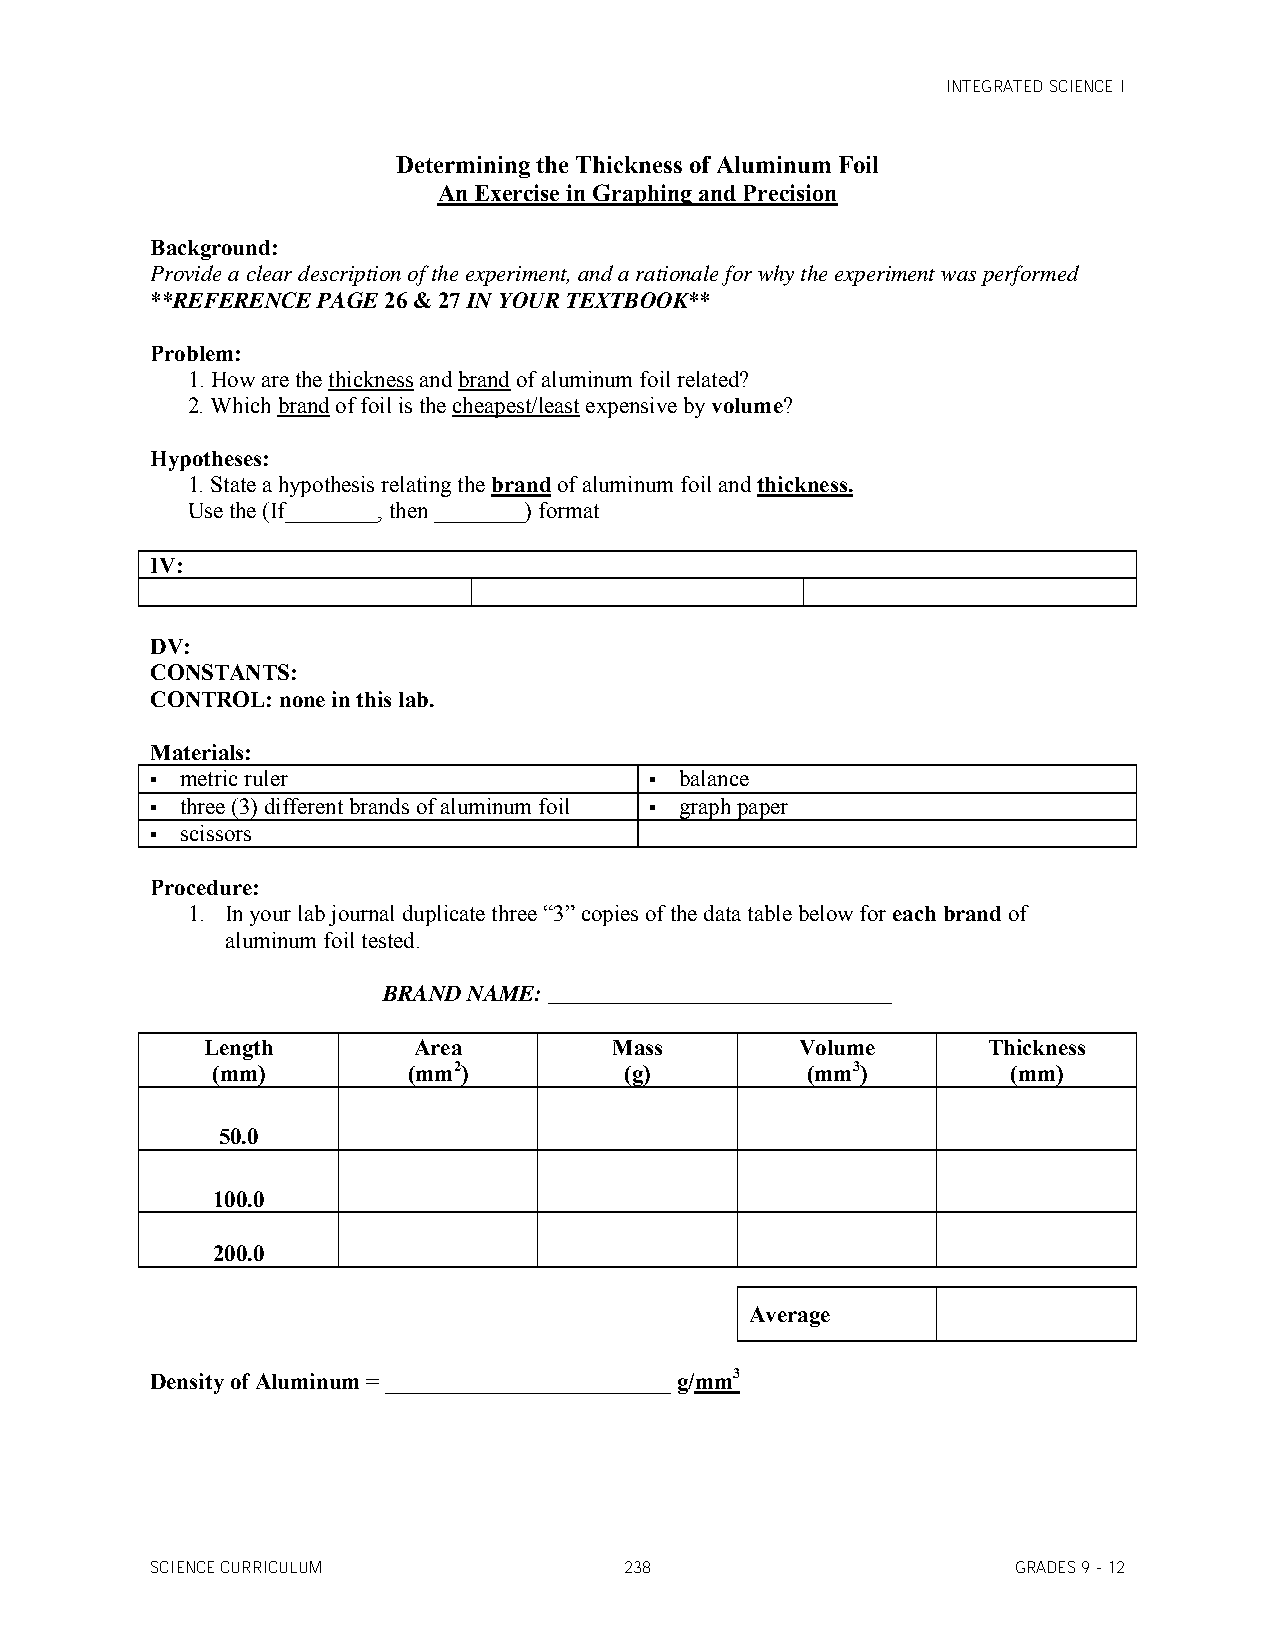
INTEGRATED SCIENCE I
 Determining the Thickness of Aluminum Foil
 An Exercise in Graphing and Precision
 Background:
 Provide a clear description of the experiment, and a rationale for why the experiment was performed
 **REFERENCE PAGE 26 & 27 IN YOUR TEXTBOOK**
 Problem:
 1. How are the thickness and brand of aluminum foil related?
 2. Which brand of foil is the cheapest/least expensive by volume?
 Hypotheses:
 1. State a hypothesis relating the brand of aluminum foil and thickness.
 Use the (If________, then ________) format
 IV:
 DV:
 CONSTANTS:
 CONTROL: none in this lab.
 Materials:
  metric ruler                    balance
  three (3) different brands of aluminum foil  graph paper
  scissors
 Procedure:
 1. In your lab journal duplicate three “3” copies of the data table below for each brand of
 aluminum foil tested.
 BRAND NAME: ______________________________
 Length        Area          Mass        Volume      Thickness
 (mm)         (mm2)         (g)         (mm3)         (mm)
 50.0
 100.0
 200.0
 Average
 Density of Aluminum = _________________________ g/mm3
 SCIENCE CURRICULUM             238                       GRADES 9 - 12